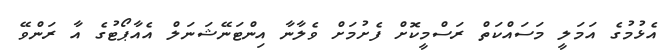
އެޅުމުގެ އަމަލީ މަސައްކަތް ރަސްމީކޮށް ފެށުމަށް ވެލާނާ އިންޓަނޭޝަނަލް އެއާޕޯޓުގެ އާ ރަންވޭ